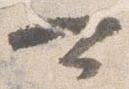
可